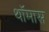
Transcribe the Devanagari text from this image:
थॉमास